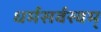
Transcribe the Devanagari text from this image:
धर्मसर्वस्वम्